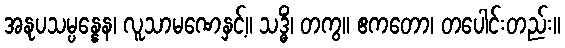
အနုပသမ္ပန္နေန၊ လူသာမဏေနှင့်။ သဒ္ဓိံ၊ တကွ။ ဧကတော၊ တပေါင်းတည်း။